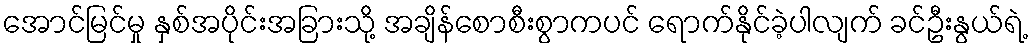
အောင်မြင်မှု နှစ်အပိုင်းအခြားသို့ အချိန်စောစီးစွာကပင် ရောက်နိုင်ခဲ့ပါလျက် ခင်ဦးနွယ်ရဲ့